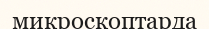
микроскоптарда